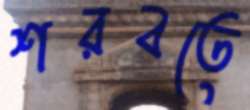
শরবতে